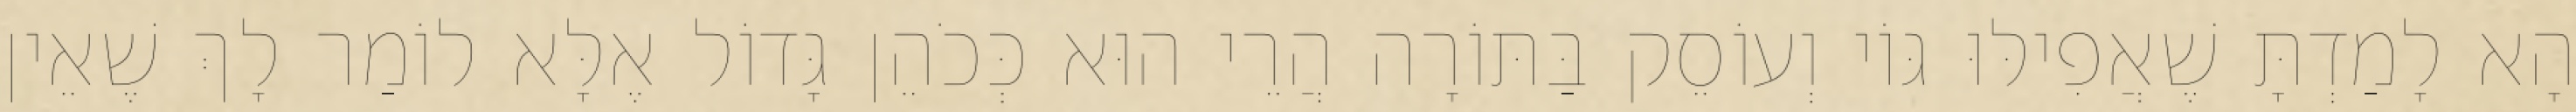
הָא לָמַדְתָּ שֶׁאֲפִילּוּ גּוֹי וְעוֹסֵק בַּתּוֹרָה הֲרֵי הוּא כְּכֹהֵן גָּדוֹל אֶלָּא לוֹמַר לָךְ שֶׁאֵין